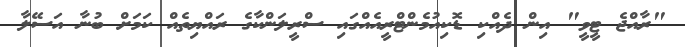
"ރާއްޖެ ޓީވީ" އިން ދެއްކި ޑޮކިއުމެންޓްރީއެއްގައި ސްރީލަންކާގެ ރައްޔިތެއް ކަމަށް ބުނާ އަސޭލާ